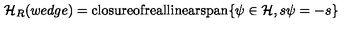
{ \cal H } _ { R } ( w e d g e ) = \mathrm { c l o s u r e o f r e a l l i n e a r s p a n } \{ \psi \in { \cal H } , s \psi = - s \}